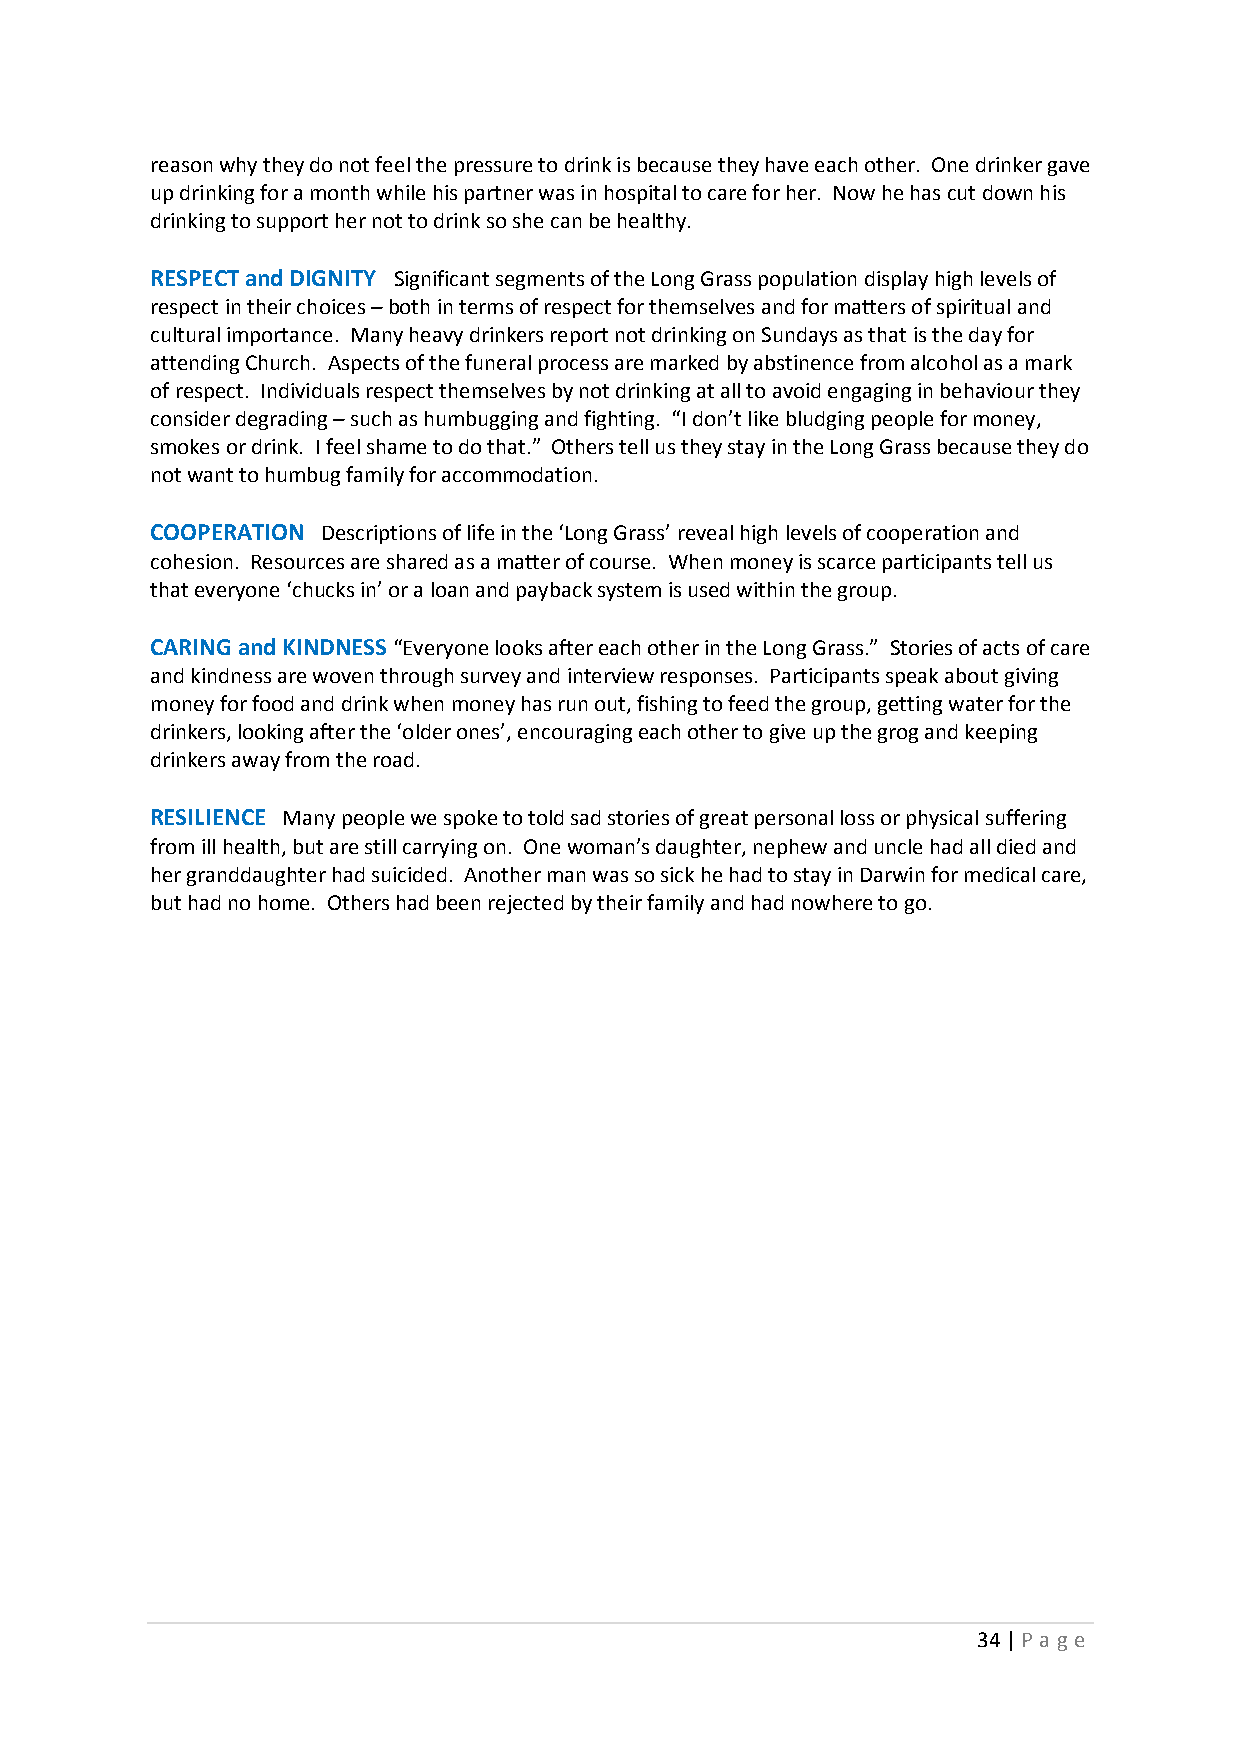
reason why they do not feel the pressure to drink is because they have each other. One drinker gave
 up drinking for a month while his partner was in hospital to care for her. Now he has cut down his
 drinking to support her not to drink so she can be healthy.
 RESPECT and DIGNITY Significant segments of the Long Grass population display high levels of
 respect in their choices – both in terms of respect for themselves and for matters of spiritual and
 cultural importance. Many heavy drinkers report not drinking on Sundays as that is the day for
 attending Church. Aspects of the funeral process are marked by abstinence from alcohol as a mark
 of respect. Individuals respect themselves by not drinking at all to avoid engaging in behaviour they
 consider degrading – such as humbugging and fighting. “I don’t like bludging people for money,
 smokes or drink. I feel shame to do that.” Others tell us they stay in the Long Grass because they do
 not want to humbug family for accommodation.
 COOPERATION Descriptions of life in the ‘Long Grass’ reveal high levels of cooperation and
 cohesion. Resources are shared as a matter of course. When money is scarce participants tell us
 that everyone ‘chucks in’ or a loan and payback system is used within the group.
 CARING and KINDNESS “Everyone looks after each other in the Long Grass.” Stories of acts of care
 and kindness are woven through survey and interview responses. Participants speak about giving
 money for food and drink when money has run out, fishing to feed the group, getting water for the
 drinkers, looking after the ‘older ones’, encouraging each other to give up the grog and keeping
 drinkers away from the road.
 RESILIENCE Many people we spoke to told sad stories of great personal loss or physical suffering
 from ill health, but are still carrying on. One woman’s daughter, nephew and uncle had all died and
 her granddaughter had suicided. Another man was so sick he had to stay in Darwin for medical care,
 but had no home. Others had been rejected by their family and had nowhere to go.
 34 | P age